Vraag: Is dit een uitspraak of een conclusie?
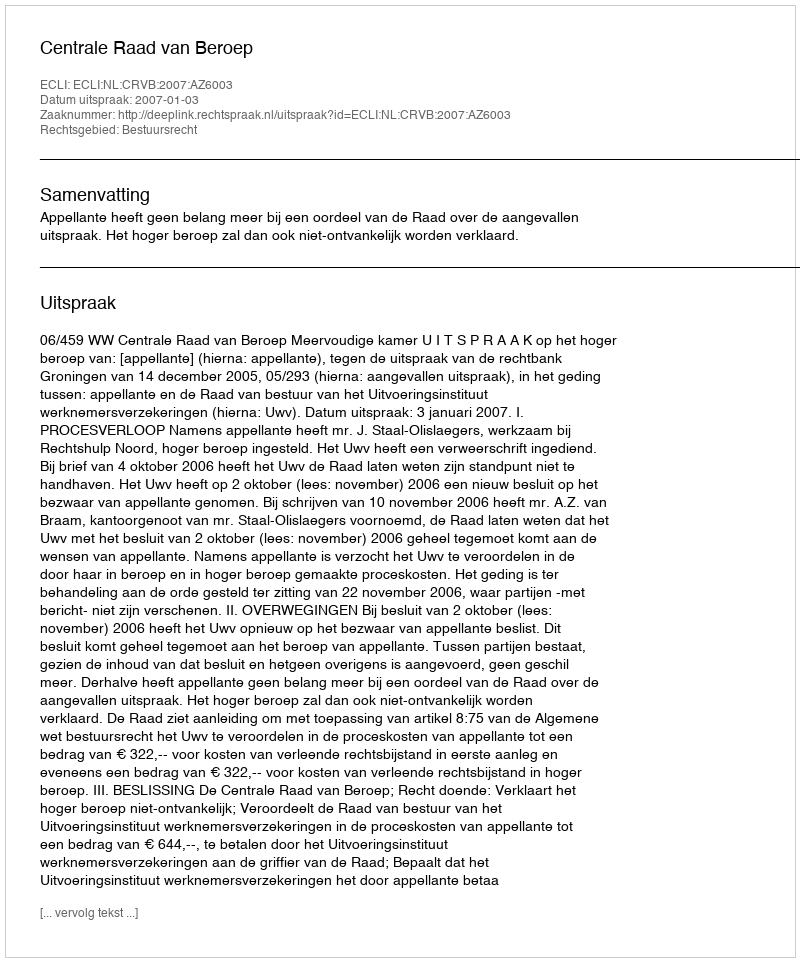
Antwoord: Uitspraak